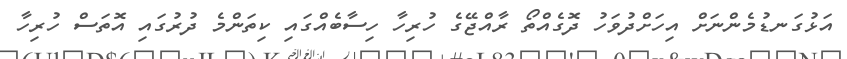
އަޅުގަނޑުމެންނަށް އިހަށްދުވަހު ދޮގެއްތޯ ރާއްޖޭގެ ހުރިހާ ހިސާބެއްގައި ކިތަންމެ ދުރުގައި އޮތަސް ހުރިހާ